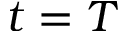
t = T